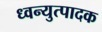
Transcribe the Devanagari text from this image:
ध्वन्युत्पादक